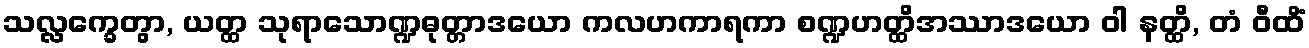
သလ္လက္ခေတွာ, ယတ္ထ သုရာသောဏ္ဍဓုတ္တာဒယော ကလဟကာရကာ စဏ္ဍဟတ္ထိအဿာဒယော ဝါ နတ္ထိ, တံ ဝီထိံ